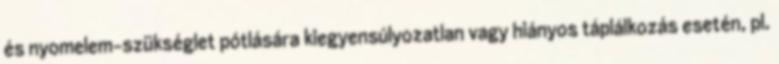
és nyomelem-szükséglet pótlására kiegyensúlyozatlan vagy hiányos táplálkozás esetén, pl.